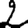
Digit: 2